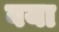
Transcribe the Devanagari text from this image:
वया